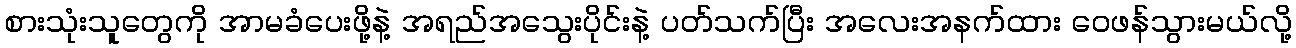
စားသုံးသူတွေကို အာမခံပေးဖို့နဲ့ အရည်အသွေးပိုင်းနဲ့ ပတ်သက်ပြီး အလေးအနက်ထား ဝေဖန်သွားမယ်လို့